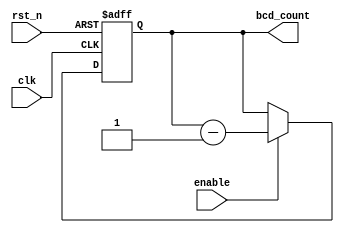
module bcd_down_counter (
    input wire clk,
    input wire rst_n,
    input wire enable,
    output reg [3:0] bcd_count
);

reg [3:0] count_reg;
reg [3:0] next_count;

always @(posedge clk or negedge rst_n) begin
    if (~rst_n) begin
        count_reg <= 4'b0000;
    end 
    else begin
        if (enable) begin
            next_count = count_reg - 1;
        end 
        else begin
            next_count = count_reg;
        end
        
        count_reg <= next_count;
    end
end

assign bcd_count = count_reg;

endmodule